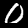
Label: 0